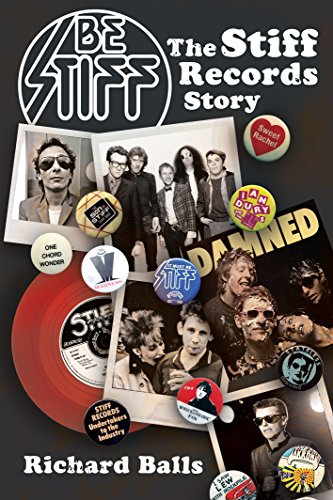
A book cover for Be Stiff: The Stiff Records Story; Richard Balls; Business & Money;